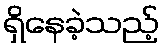
ရှိနေခဲ့သည့်